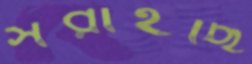
সরাইছি